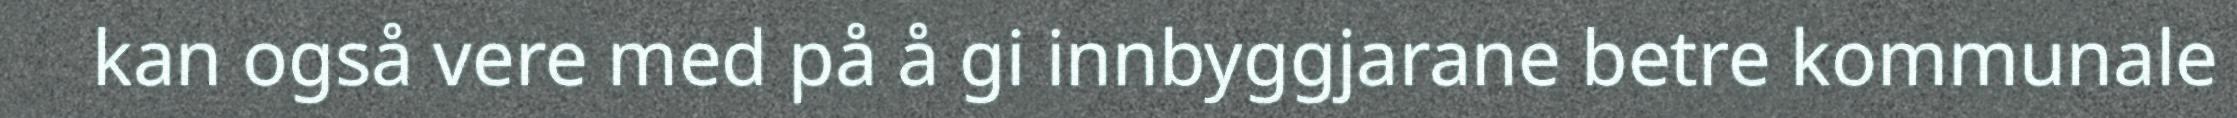
kan også vere med på å gi innbyggjarane betre kommunale